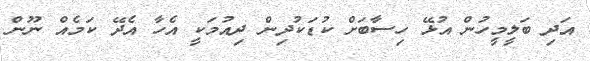
އަދި ބަލީމީހުން އުޅޭ ހިސާބަށް ކުޑަކުދިން ދިއުމަކީ އެހާ އެދޭ ކަމެއް ނޫން